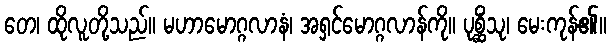
တေ၊ ထိုလူတို့သည်။ မဟာမောဂ္ဂလာနံ၊ အရှင်မောဂ္ဂလာန်ကို။ ပုစ္ဆိံသု၊ မေးကုန်၏။